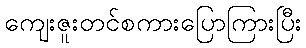
ကျေးဇူးတင်စကားပြောကြားပြီး